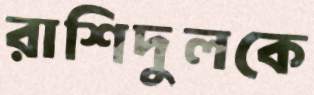
রাশিদুলকে